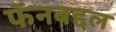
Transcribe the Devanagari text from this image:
फॅनबद्दल